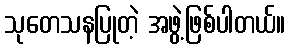
သုတေသနပြုတဲ့ အဖွဲ့ဖြစ်ပါတယ်။